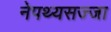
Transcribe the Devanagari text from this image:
नेपथ्यसज्जा